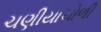
ચણીયાચોળી